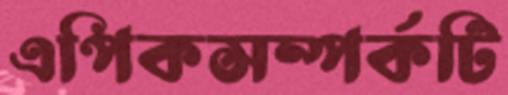
এপিকসম্পর্কটি